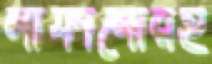
লাফানোরই